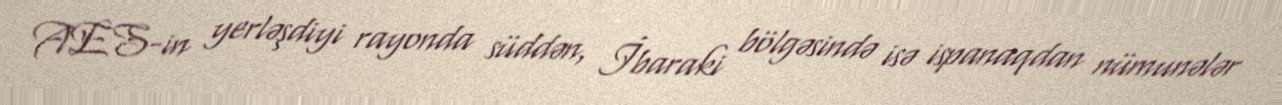
AES-in yerləşdiyi rayonda süddən, İbaraki bölgəsində isə ispanaqdan nümunələr